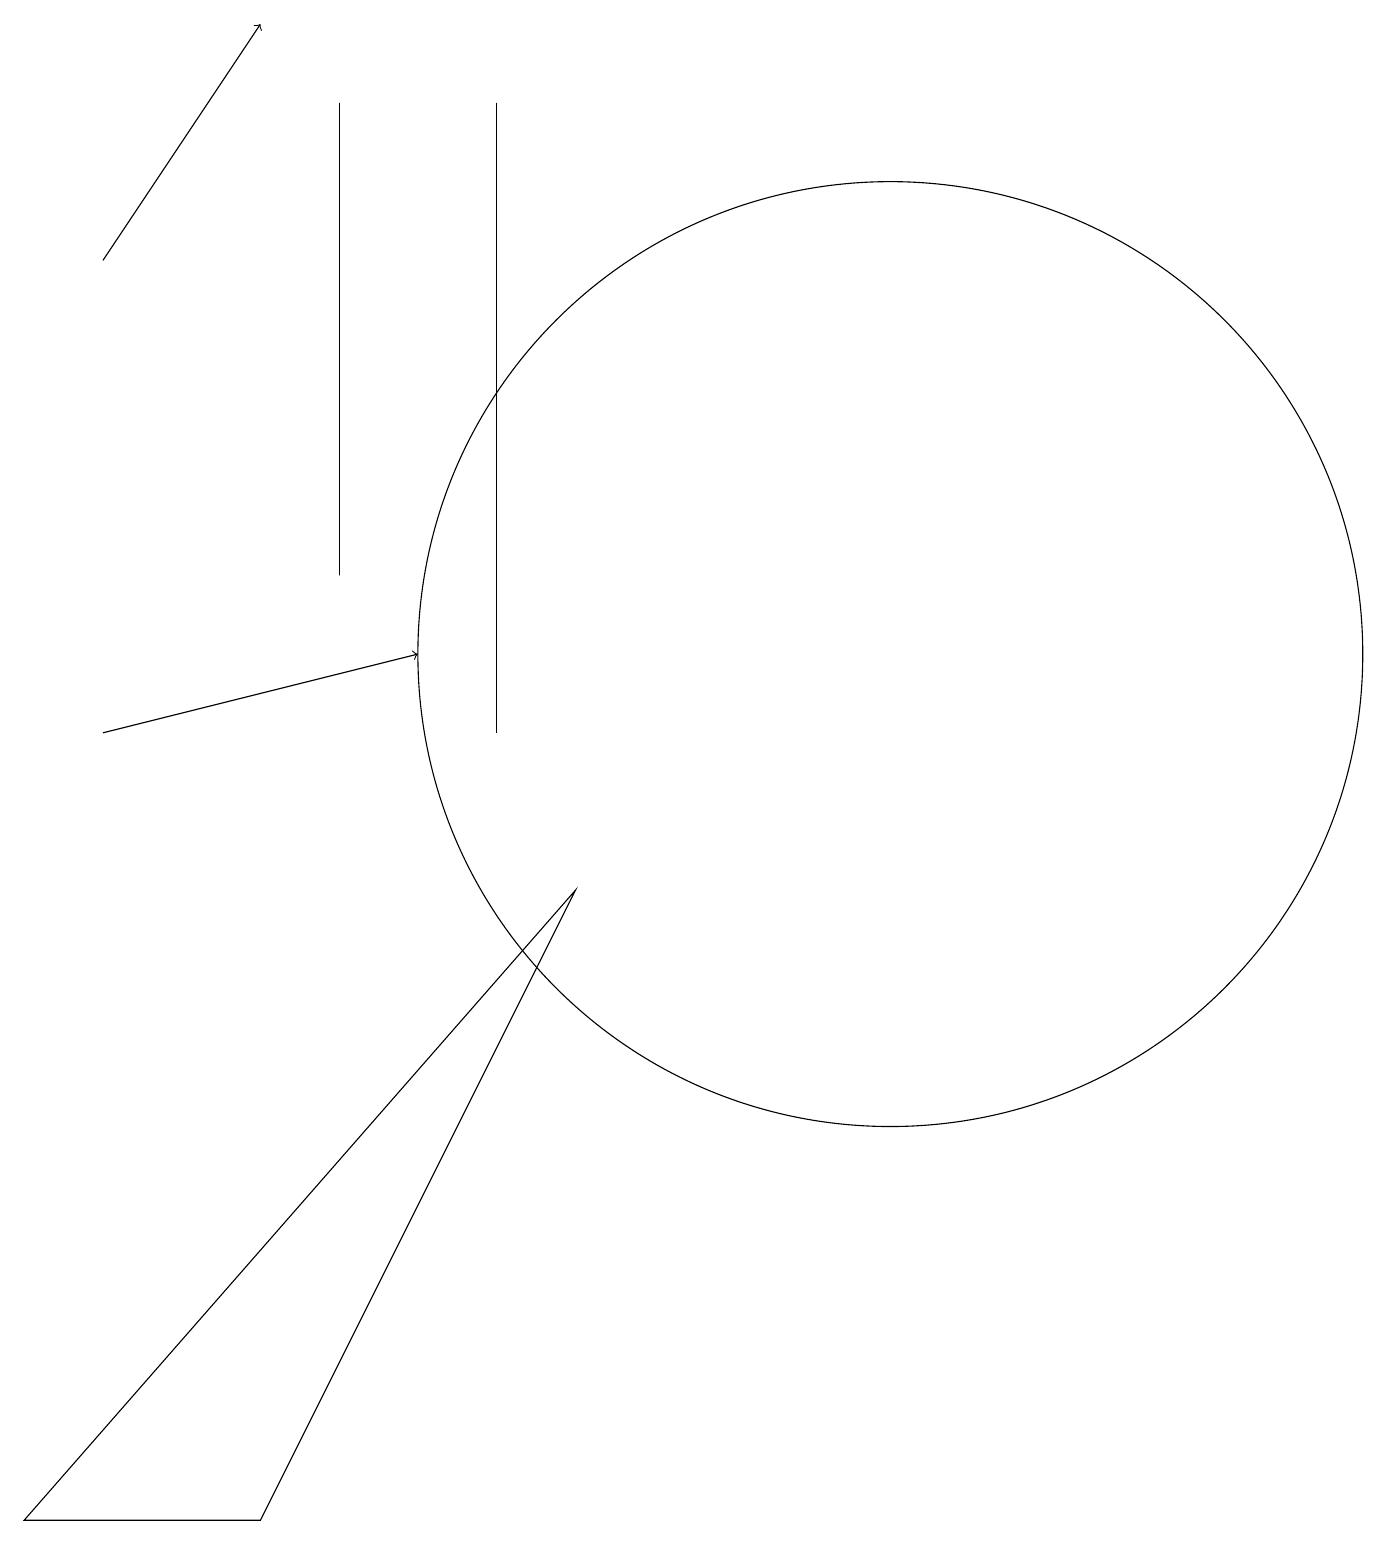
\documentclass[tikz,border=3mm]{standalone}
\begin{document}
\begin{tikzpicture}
\draw (6,18) rectangle (6,10);
\draw (7,8) -- (0,0) -- (3,0) -- cycle;
\draw[->] (1,16) -- (3,19);
\draw (11,11) circle (6);
\draw (4,18) rectangle (4,12);
\draw[->] (1,10) -- (5,11);
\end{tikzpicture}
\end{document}